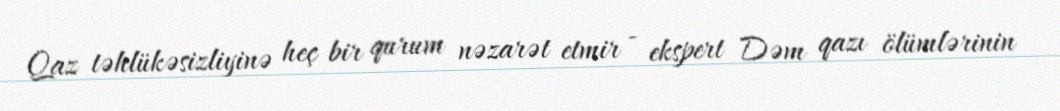
Qaz təhlükəsizliyinə heç bir qurum nəzarət etmir - ekspert Dəm qazı ölümlərinin